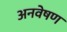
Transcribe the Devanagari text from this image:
अनवेषण